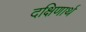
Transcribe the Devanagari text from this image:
दक्षिणार्थ